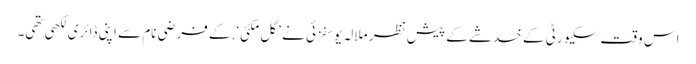
اس وقت سکیورٹی کے خدشے کے پیش نظر ملالہ یوسفزئی نے ’گل مکئی‘ .کے فرضی نام سے اپنی ڈائری لکھی تھی۔